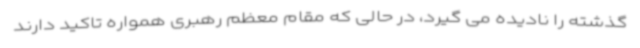
گذشته را نادیده می گیرد، در حالی که مقام معظم رهبری همواره تاکید دارند